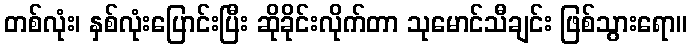
တစ်လုံး၊ နှစ်လုံးပြောင်းပြီး ဆိုခိုင်းလိုက်တာ သုမောင်သီချင်း ဖြစ်သွားရော။